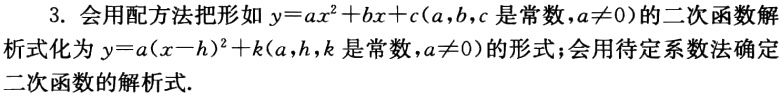
3. 会用配方法把形如\(y = ax^{2}+bx + c(a,b,c\)是常数，\(a\neq0)\)的二次函数解析式化为\(y=a(x - h)^{2}+k(a,h,k\)是常数，\(a\neq0)\)的形式；会用待定系数法确定二次函数的解析式.